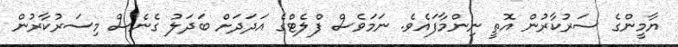
ޔާމީންގެ ސަރުކާރުން އޮތީ ނިންމާފައެވެ. ނަމަވެސް ފްލެޓްގެ އަދަދަށް ބަދަލު ގެނެސް މިސަރުކާރުން